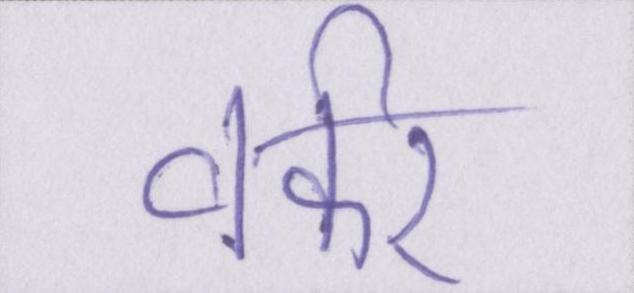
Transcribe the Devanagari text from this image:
वर्कर